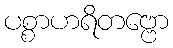
ပစ္စာဟရိတဗ္ဗော